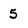
Character: 5